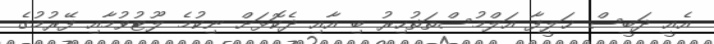
އެއީ ދަބީސް ޚަލީފާ އަލްމުސްތަޡުހިރު ބި އާއި ދެކޮޅަށް ނިކުމެ ލޫޓުވުމާއި ފޭރުމުގެ